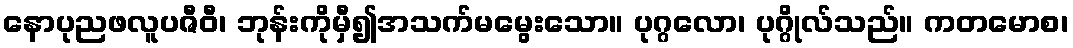
နောပုညဖလူပဇီဝီ၊ ဘုန်းကိုမှီ၍အသက်မမွေးသော။ ပုဂ္ဂလော၊ ပုဂ္ဂိုလ်သည်။ ကတမောစ၊